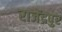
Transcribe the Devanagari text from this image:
राजेंद्रपुर